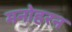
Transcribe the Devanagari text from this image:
मनोहरन